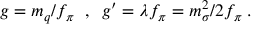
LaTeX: g = m _ { q } / f _ { \pi } \; \; , \; \; g ^ { \prime } = \lambda f _ { \pi } = m _ { \sigma } ^ { 2 } / 2 f _ { \pi } \; .